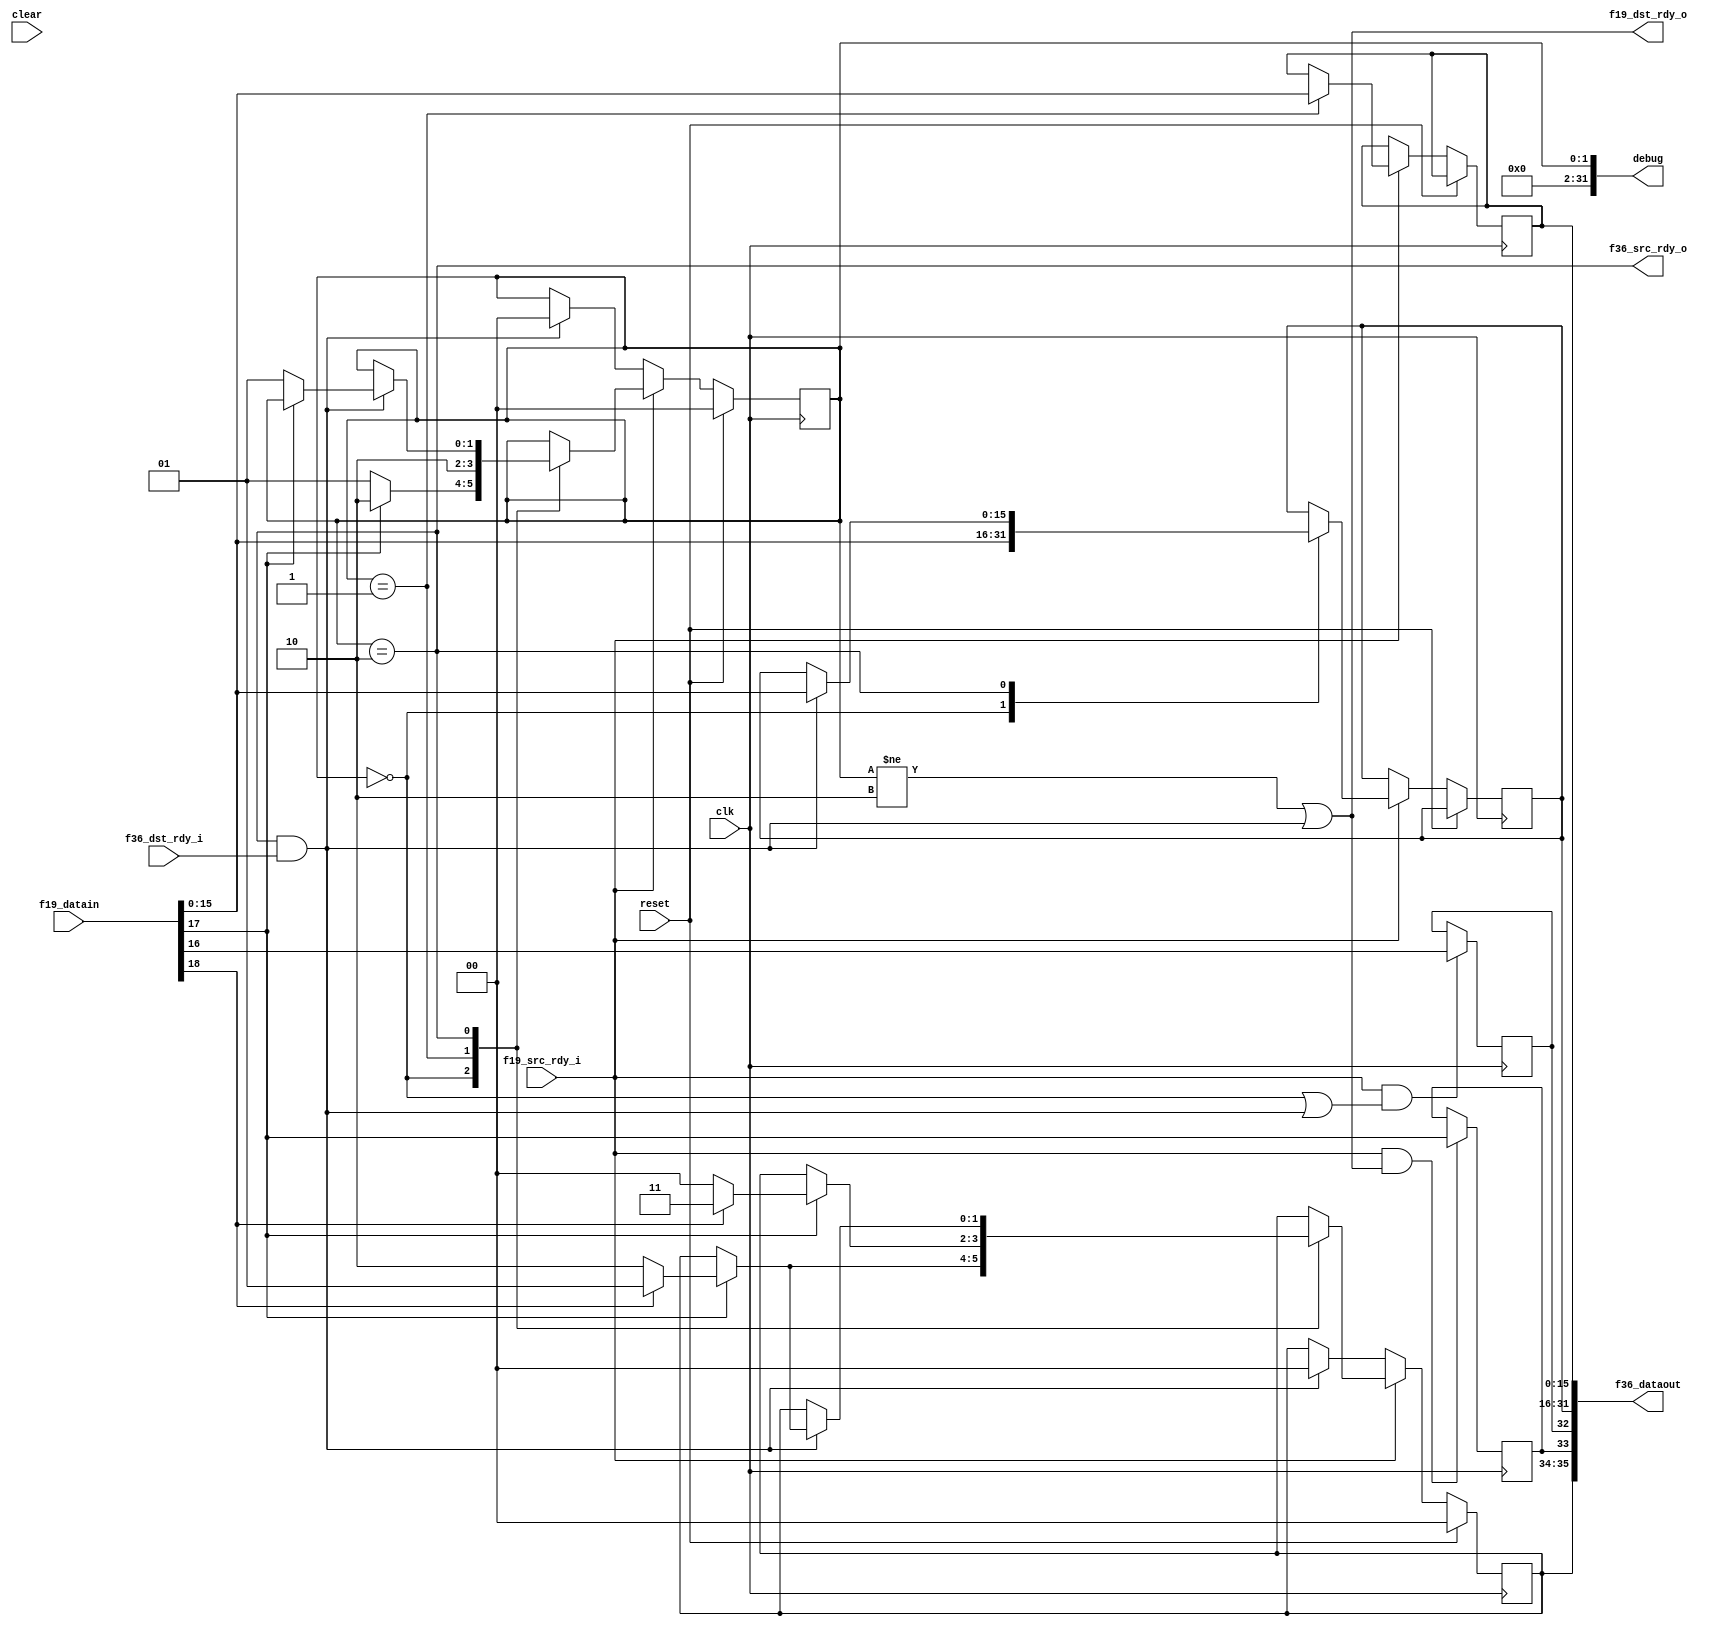

// Parameter LE tells us if we are little-endian.  
// Little-endian means send lower 16 bits first.
// Default is big endian (network order), send upper bits first.

module fifo19_to_fifo36
  #(parameter LE=0)
   (input clk, input reset, input clear,
    input [18:0] f19_datain,
    input f19_src_rdy_i,
    output f19_dst_rdy_o,

    output [35:0] f36_dataout,
    output f36_src_rdy_o,
    input f36_dst_rdy_i,
    output [31:0] debug
    );

   reg 		  f36_sof, f36_eof;
   reg [1:0] 	  f36_occ;
   
   reg [1:0] 	  state;
   reg [15:0] 	  dat0, dat1;

   wire 	  f19_sof  = f19_datain[16];
   wire 	  f19_eof  = f19_datain[17];
   wire 	  f19_occ  = f19_datain[18];

   wire 	  xfer_out = f36_src_rdy_o & f36_dst_rdy_i;

   always @(posedge clk)
     if(f19_src_rdy_i & ((state==0)|xfer_out))
       f36_sof 	<= f19_sof;

   always @(posedge clk)
     if(f19_src_rdy_i & ((state != 2)|xfer_out))
       f36_eof 	<= f19_eof;

   always @(posedge clk)
     if(reset)
       begin
	  state 	<= 0;
	  f36_occ <= 0;
       end
     else
       if(f19_src_rdy_i)
	 case(state)
	   0 : 
	     begin
		dat0 <= f19_datain;
		if(f19_eof)
		  begin
		     state <= 2;
		     f36_occ <= f19_occ ? 2'b01 : 2'b10;
		  end
		else
		  state <= 1;
	     end
	   1 : 
	     begin
		dat1 <= f19_datain;
		state <= 2;
		if(f19_eof)
		  f36_occ <= f19_occ ? 2'b11 : 2'b00;
	     end
	   2 : 
	     if(xfer_out)
	       begin
		  dat0 <= f19_datain;
		  if(f19_eof) // remain in state 2 if we are at eof
		    f36_occ <= f19_occ ? 2'b01 : 2'b10;
		  else
		    state 	   <= 1;
	       end
	 endcase // case(state)
       else
	 if(xfer_out)
	   begin
	      state 	   <= 0;
	      f36_occ <= 0;
	   end
   
   assign    f19_dst_rdy_o  = xfer_out | (state != 2);
   assign    f36_dataout    = LE ? {f36_occ,f36_eof,f36_sof,dat1,dat0} :
			      {f36_occ,f36_eof,f36_sof,dat0,dat1};
   assign    f36_src_rdy_o  = (state == 2);

   assign    debug = state;
   
endmodule // fifo19_to_fifo36